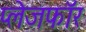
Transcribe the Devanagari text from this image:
प्लेजफॉर